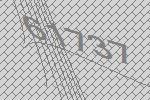
61737